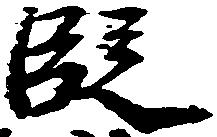
段